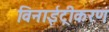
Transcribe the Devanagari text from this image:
विनाईट्रीकरण